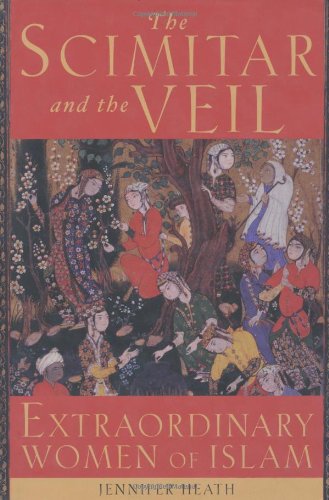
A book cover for The Scimitar and the Veil: Extraordinary Women of Islam; Jennifer Heath; Religion & Spirituality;